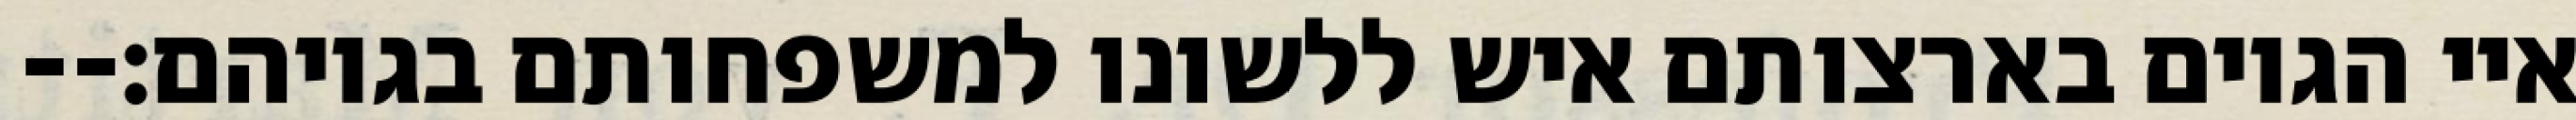
איי הגוים בארצותם איש ללשונו למשפחותם בגויהם׃--